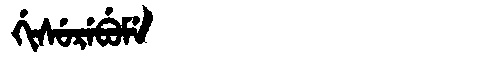
Manchu: ᡤᡳᠰᡠᡵᡝᠪᡠᠮᡝ
Romanization: GISUREBUME